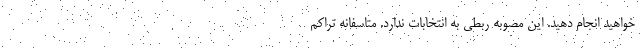
‌خواهید انجام دهید. این مصوبه ربطی به انتخابات ندارد. متاسفانه تراکم